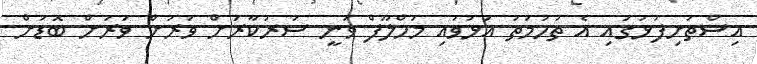
އިސްތަށިފުޅުގައި އެ ތުހުމަތު އަޅުވައި މަހްލޫފް ވަނީ ސަރުކާރަށް ވަރަށް ވަަރަށް ބޮޑަށް